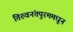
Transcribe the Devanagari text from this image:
तिरुवनंतपुरममधून